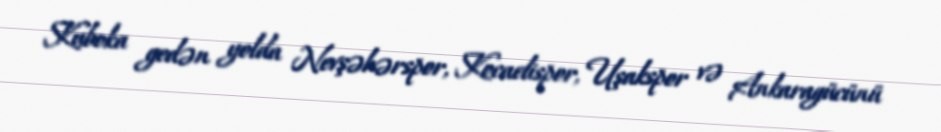
Kuboka gedən yolda Nevşəhərspor, Kocaelispor, Uşakspor və Ankaragücünü